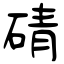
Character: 碃